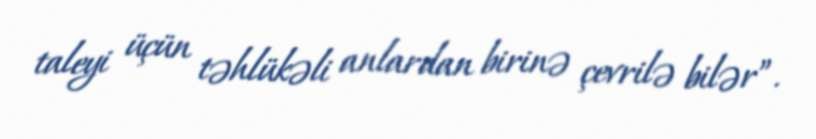
taleyi üçün təhlükəli anlardan birinə çevrilə bilər”.